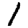
Digit: 1